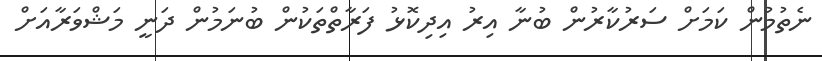
ނެތުމުން ކަމަށް ސަރުކާރުން ބުނާ އިރު އިދިކޮޅު ފަރާތްތަކުން ބުނަމުން ދަނީ މަޝްވަރާއަށް